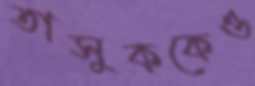
তাসুককেও